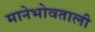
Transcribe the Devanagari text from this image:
मानेभोवताली